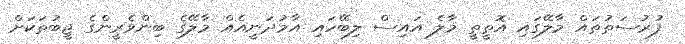
ފުރުސަތުތައް މާލޭގައި އޮތީތީ މާލެ އައިސް ލިބޭހައި އާމުދަނީއެއް މާލޭގެ ބިންވެރީންގެ ޖީބުތަކަށް